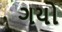
ગયો